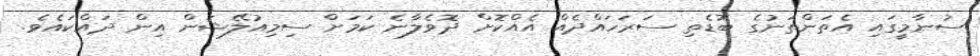
ސުނާމީގައި އެތަންތަނުގެ ބޮޑެތި ސަރަހައްދެއް އެއްކޮށް ދޮވެލާނެ ކަމަށް ސިމިއުލޭޝަން އިން ދައްކައެވެ.